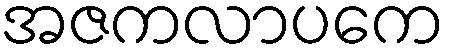
အဇကလာပကေ